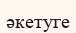
әкетуге